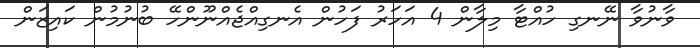
ވާނުވާ ނޭނގި ހުއްޓާ މިލާން 4 އަހަރު ފަހުން އެނގިއްޖެއްނޫންހޭ ބުނުމުން ކައިޒަން